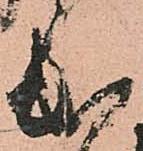
出